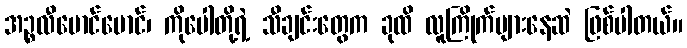
အဉ္စလီမောင်မောင်၊ ကိုပေါတို့ရဲ့ သီချင်းတွေက ခုထိ လူကြိုက်များနေဆဲ ဖြစ်ပါတယ်။